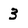
Character: 3